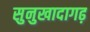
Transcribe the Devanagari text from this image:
सुनुखादागढ़